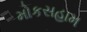
મોકસહામ